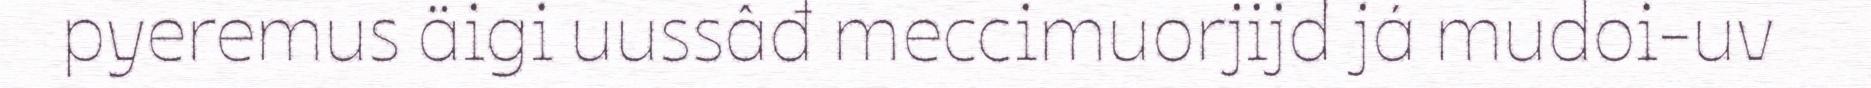
pyeremus äigi uussâđ meccimuorjijd já mudoi-uv